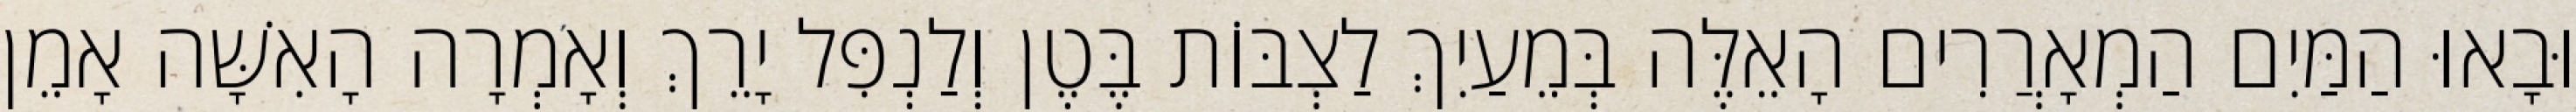
וּבָאוּ הַמַּיִם הַמְאָרֲרִים הָאֵלֶּה בְּמֵעַיִךְ לַצְבּוֹת בֶּטֶן וְלַנְפִּל יָרֵךְ וְאָמְרָה הָאִשָּׁה אָמֵן